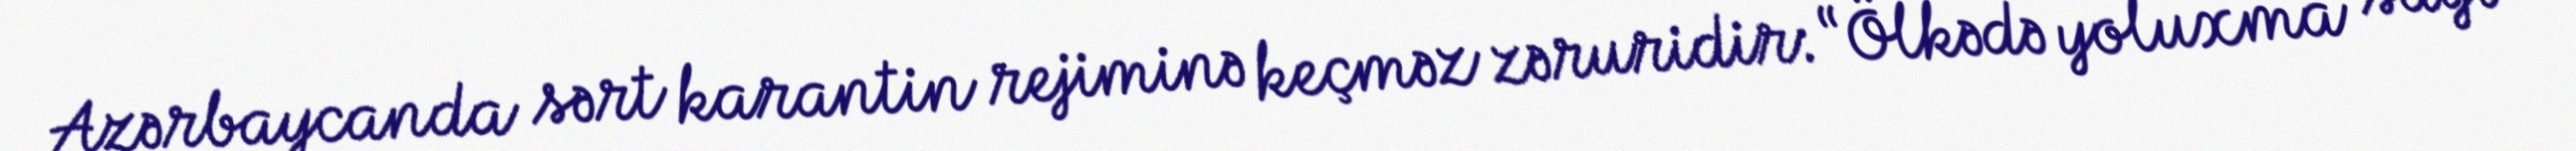
Azərbaycanda sərt karantin rejiminə keçməz zəruridir: “Ölkədə yoluxma sayı